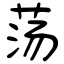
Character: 荡